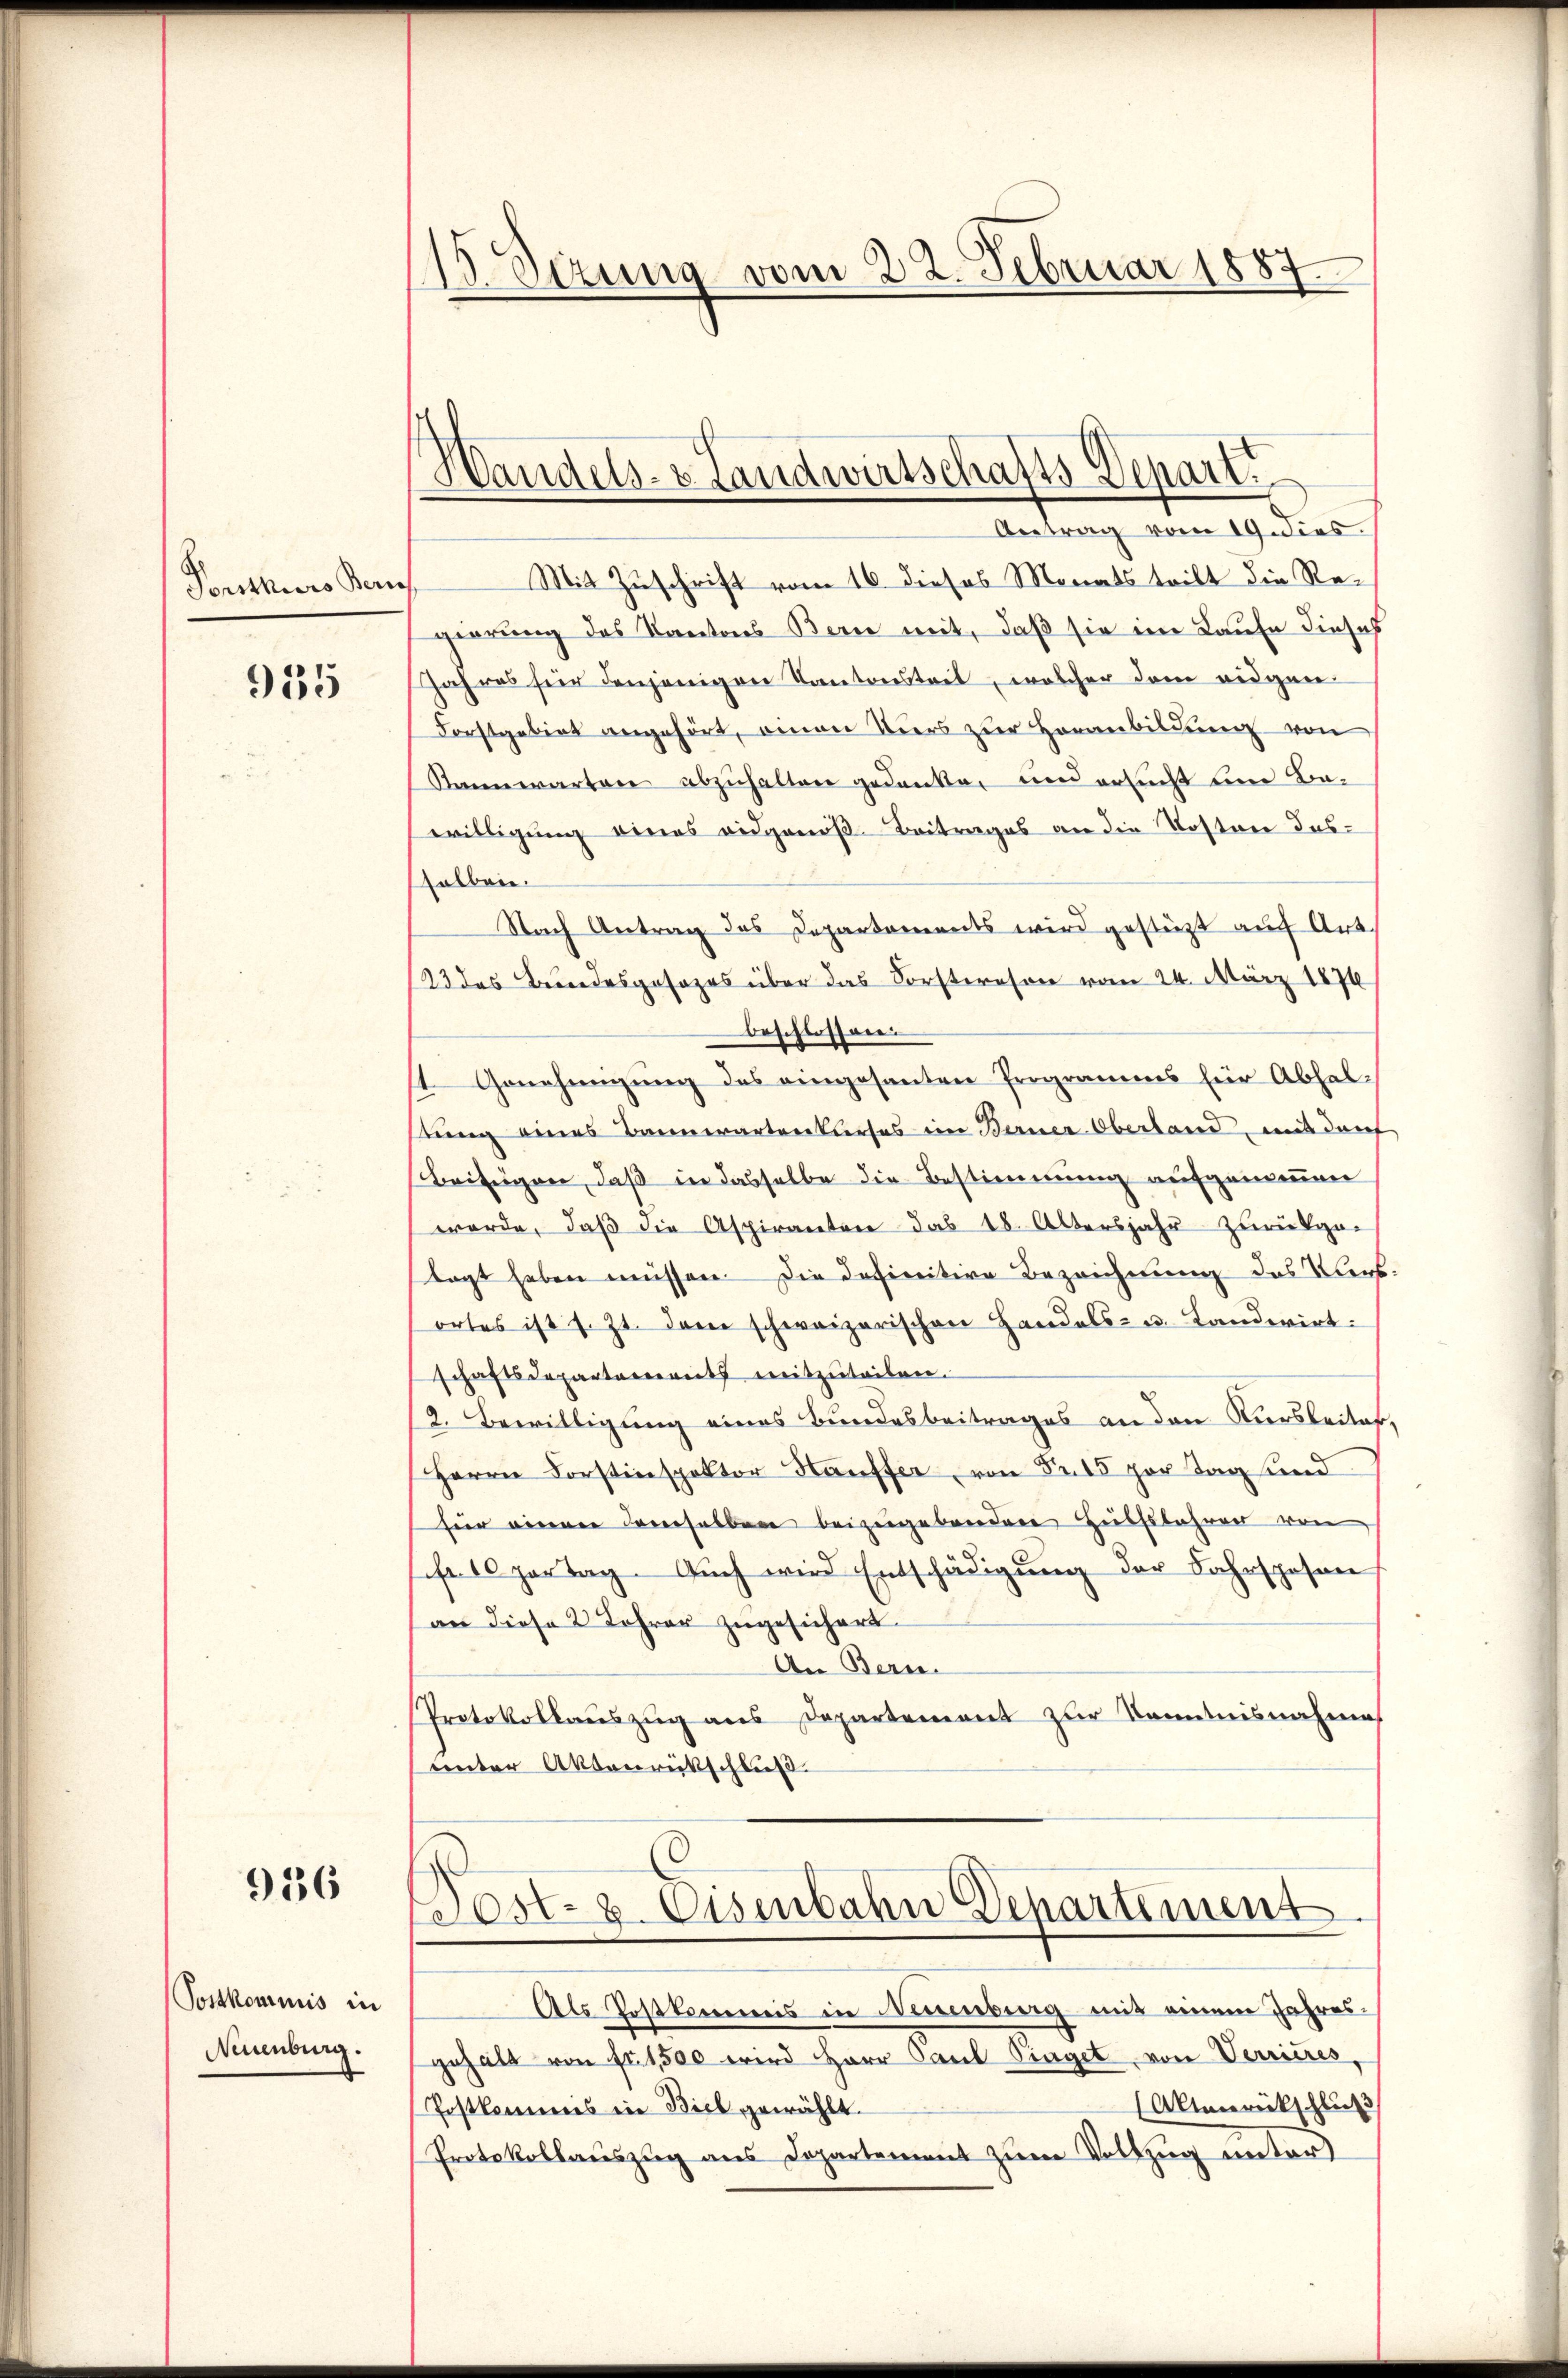
Porrthurs Kauf

935

936

Postkommis in
Neuenburg.

1Stzung vom 22. Februar 1887

Handels- & Landwirtschafts-Depart.
Antrag vom 19. dies.

Mit Zuschrift vom 16. dieses Monats teilt die Regierung des Kantons Bern mit, daß sie im Laufe dieses
Jahres für denjenigen Kantonstret, welcher dem eidgen
Forstgebiet angehört, einen Viers zŭr Heranbildung von
Rannwarten abzuhalten gedanke, und ersucht um Bawilligung eines eidgenöß- Beitrages an die Kosten das
selben.
Nach Antrag des Departements wird gestüzt auch Art.
23 des Bundesgesages über das Forsteresen vom 24. März 1876
beschlossen.
1. Genehmigung des eingesanten Programms für Abhaltung eines Bannwartenkurses im Berner Oberland, mit darf
Beifügen, daß in dasselbe die Bestimmung aufgemeinen
werde, daß die Aspiranten das 18. Altersjahr zurückge-
tagt haben müssen. Die definitive Bezeichnung das Vers.
ortes ist s. Zt. dem schweizerischen Handels- u. Landwirt:
schaftsdepartements mitzŭteilen.
2. Bewilligung eines Bundesbeitrages an den Kursbeiter,
Herrn Forstinspektor Hauffer, von Fr. 15 per Tag und
hier einenen Verselben beizugebenden Hülfsbahren von
fr. 10 partag. Auch wird Entschädigung der Fahrsposan
(an diese 2 Jahrer zugesichert.
An Bern.
Protokollauszug aus Departement zur Kenntnisnahmes
unter Aktenrückschluß.
Post- u. Eisenbahn Departement
Als Postkommis in Neuenburg mit einem Jahres-
gehalt von fr. 1,500 wird Herr Paul Singet, von Verrieres,
Amerikschluß
Postkommes in Biel gewählt.
Protokollauszug aus Departement zum Vollzug untert